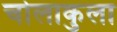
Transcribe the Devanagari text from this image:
चोलाकुला